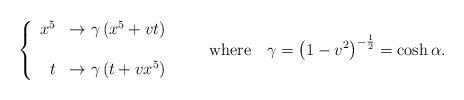
\begin{align*}\left\{\begin{array}{rl}x^5 &\rightarrow\gamma\left(x^5+vt\right) \\ & \\t &\rightarrow\gamma\left(t+vx^5\right)\end{array}\right.\qquad{\rm where}\quad \gamma=\left(1-v^2\right)^{-{1\over2}}=\cosh\alpha.\end{align*}